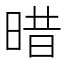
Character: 𣈏